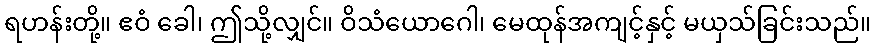
ရဟန်းတို့။ ဧဝံ ခေါ၊ ဤသို့လျှင်။ ဝိသံယောဂေါ၊ မေထုန်အကျင့်နှင့် မယှသ်ခြင်းသည်။